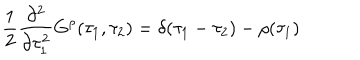
LaTeX: { \frac { 1 } { 2 } } { \frac { \partial ^ { 2 } } { \partial \tau _ { 1 } ^ { 2 } } } G ^ { \rho } ( \tau _ { 1 } , \tau _ { 2 } ) = \delta ( \tau _ { 1 } - \tau _ { 2 } ) - \rho ( \tau _ { 1 } )